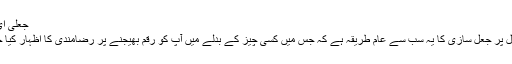
جعلی ای میل
پے پال پر جعل سازی کا یہ سب سے عام طریقہ ہے کہ جس میں کسی چیز کے بدلے میں آپ کو رقم بھیجنے پر رضامندی کا اظہار کیا جائے۔